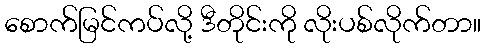
စောက်မြင်ကပ်လို့ ဒီတိုင်းကို လိုးပစ်လိုက်တာ။